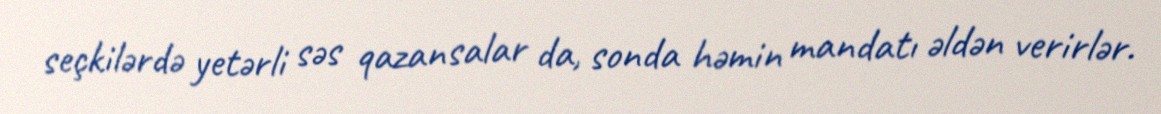
seçkilərdə yetərli səs qazansalar da, sonda həmin mandatı əldən verirlər.